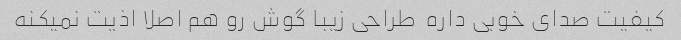
کیفیت صدای خوبی داره  طراحی زیبا گوش رو هم اصلا اذیت نمیکنه